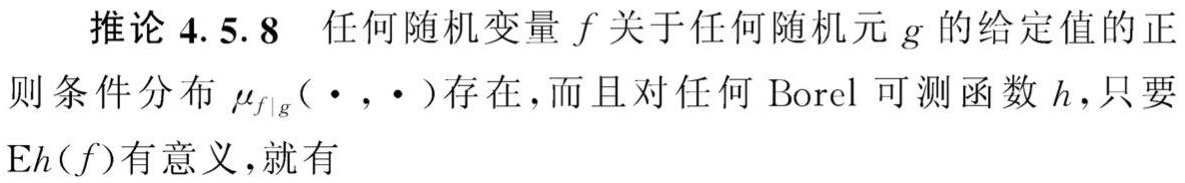
推论 4.5.8 任何随机变量 $f$ 关于任何随机元 $g$ 的给定值的正则条件分布 $\mu_{f|g}(\cdot,\cdot)$ 存在, 而且对任何 Borel 可测函数 $h$, 只要 $\mathrm{E}h(f)$ 有意义, 就有